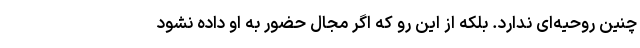
چنین روحیه‌ای ندارد. بلکه از این رو که اگر مجال حضور به او داده نشود